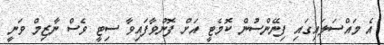
އެ މައްސަލައިގައި ފިނޭންސުން ކޮމެޓީ އަށް ފޮނުވާފައިވާ ސިޓީ ވެސް ނާޒިމް ވަނީ